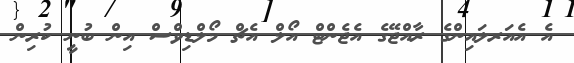
އެ އެއަރލައިންގެ ރާއްޖޭގެ އެޖެންޓް އޯލް އެޗް މޯލްޑިވްސް އިން ބުނީ ކުރިން